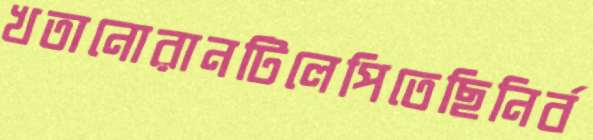
খতানোরানটিলেপিতেছিনির্ব